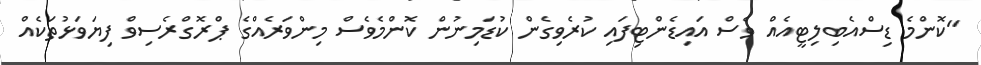
"ކޮންމެ ޑިސްއެބިލިޓީއެއް ވެސް އައިޑެންޓިފައި ކުރެވިގެން ކުޑަމިނުން ކޮންމެވެސް މިންވަރެއްގެ ޕްރޮގްރެސިވް ފިޔަވަޅުތަކެއް